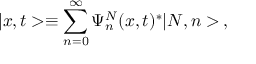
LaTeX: | x , t > \equiv \sum _ { n = 0 } ^ { \infty } \Psi _ { n } ^ { N } ( x , t ) ^ { * } | N , n > \, ,